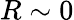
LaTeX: R\sim 0